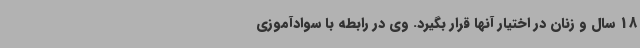
18 سال و زنان در اختیار آنها قرار بگیرد. وی در رابطه با سوادآموزی